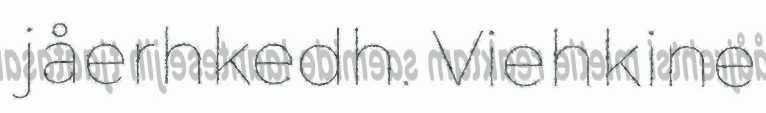
jåerhkedh. Viehkine